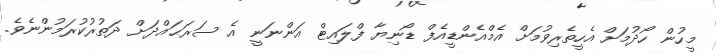
މީހުން ހޯދުމަށް އެހީތެރިވުމަށް އެމްއެންޑީއެފް ޑޯނިޔާ ފްލައިޓް އަންނަނީ އެ ސަރަޙައްދަށް ދަތުރުކުރަމުންނެވެ.